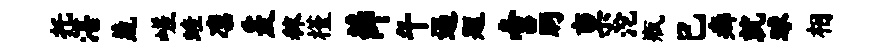
托湛蔬嵯蛙凛爰秣槿薛午遏题啻眄禀沱瓶巳癖就球相